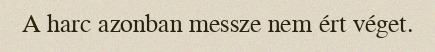
A harc azonban messze nem ért véget.